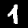
Label: 4